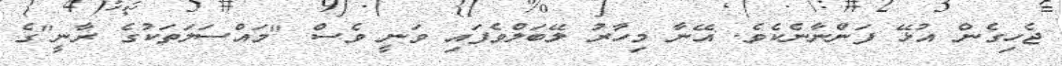
ޖެހިގެން އުޅޭ ފަންނާނެކެވެ. އޭނާ މިހާރު ލޭބަލްވެފައި ވަނީ ވެސް "މައްސަލަތަކުގެ ރާނީ"ގެ